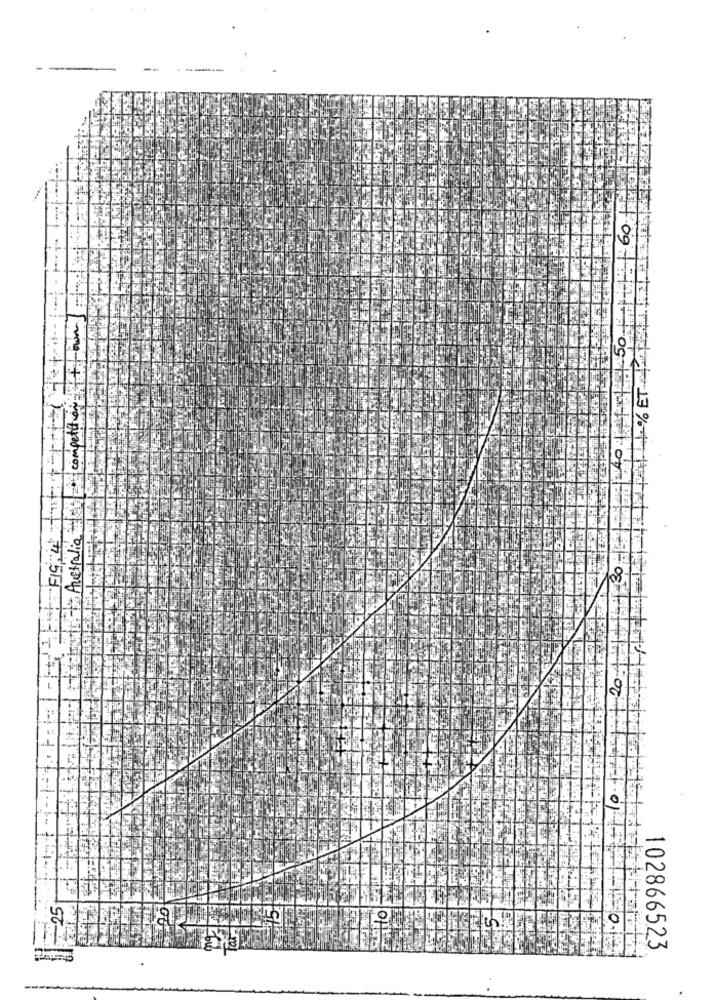
competitor
FO
Australia
30
-20
102866523